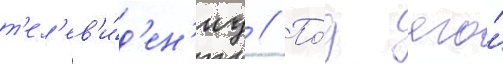
т'ел'ев'и́д'ен'иу // По́д его́